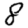
Digit: 8